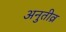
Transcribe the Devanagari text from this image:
अनुतीव्र